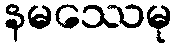
နမဿေမု